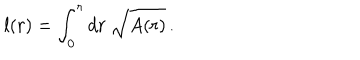
l ( r ) = \int _ { 0 } ^ { r } d r \ \sqrt { A ( r ) } \, .